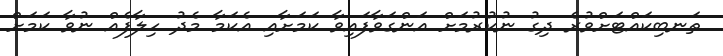
ތަނބިކައްޓަށްވުރެ ދިގު ނުކުރުމަށް އަންގަވާފައިވާ ކަމަށާއި އެކަމާ މެދު ހިލާފެއް ނުވާ ކަމަށް